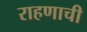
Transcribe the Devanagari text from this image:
राहणाची